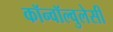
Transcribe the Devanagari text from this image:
कॉन्वॉल्वुलेसी